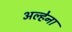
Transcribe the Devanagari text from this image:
अल्हेना